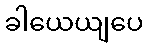
ခါယေယျပေ